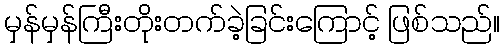
မှန်မှန်ကြီးတိုးတက်ခဲ့ခြင်းကြောင့် ဖြစ်သည်။